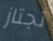
تجتاز